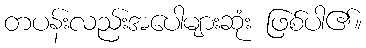
တပန်းလည်းအပေါများဆုံး ဖြစ်ပါ၏။